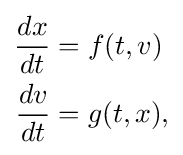
{\begin{aligned}{dx \over dt}&=f(t,v)\\{dv \over dt}&=g(t,x),\end{aligned}}